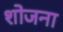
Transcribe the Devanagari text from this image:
शोजना